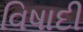
વિષાદી